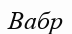
Вабр